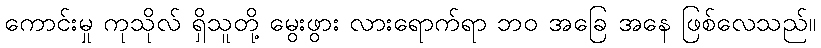
ကောင်းမှု ကုသိုလ် ရှိသူတို့ မွေးဖွား လားရောက်ရာ ဘဝ အခြေ အနေ ဖြစ်လေသည်။